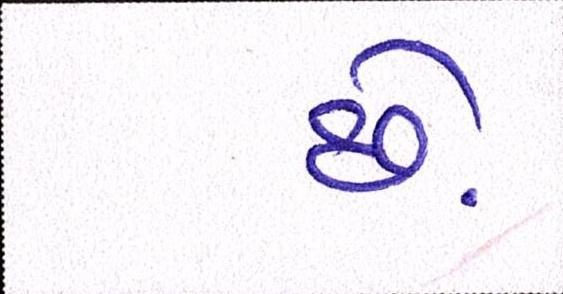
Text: છેઃ